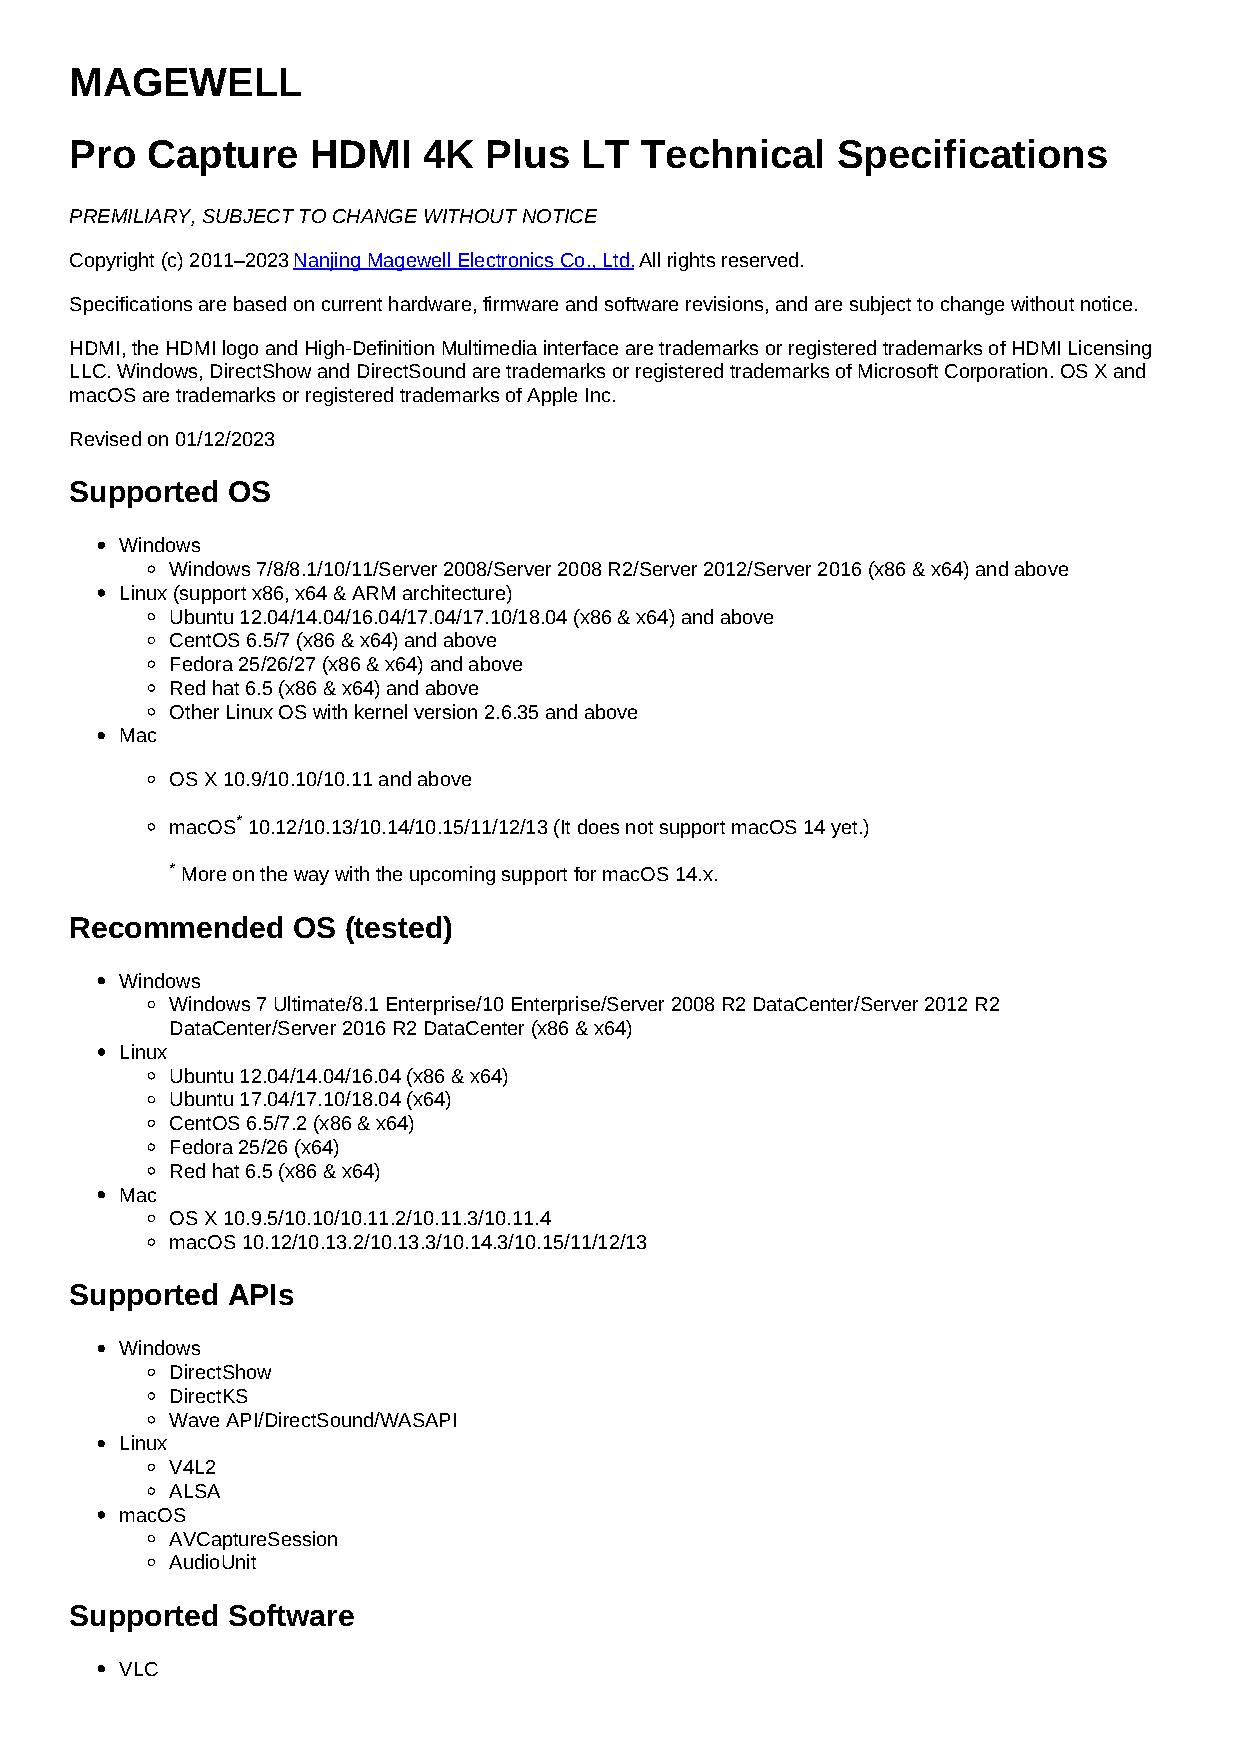
MAGEWELL
 Pro  Capture   HDMI    4K  Plus  LT  Technical    Specifications
 PREMILIARY, SUBJECT TO CHANGE WITHOUT NOTICE
 Copyright (c) 2011–2023 Nanjing Magewell Electronics Co., Ltd. All rights reserved.
 Specifications are based on current hardware, firmware and software revisions, and are subject to change without notice.
 HDMI, the HDMI logo and High-Definition Multimedia interface are trademarks or registered trademarks of HDMI Licensing
 LLC. Windows, DirectShow and DirectSound are trademarks or registered trademarks of Microsoft Corporation. OS X and
 macOS are trademarks or registered trademarks of Apple Inc.
 Revised on 01/12/2023
 Supported OS
 Windows
 Windows 7/8/8.1/10/11/Server 2008/Server 2008 R2/Server 2012/Server 2016 (x86 & x64) and above
 Linux (support x86, x64 & ARM architecture)
 Ubuntu 12.04/14.04/16.04/17.04/17.10/18.04 (x86 & x64) and above
 CentOS 6.5/7 (x86 & x64) and above
 Fedora 25/26/27 (x86 & x64) and above
 Red hat 6.5 (x86 & x64) and above
 Other Linux OS with kernel version 2.6.35 and above
 Mac
 OS X 10.9/10.10/10.11 and above
 macOS* 10.12/10.13/10.14/10.15/11/12/13 (It does not support macOS 14 yet.)
 * More on the way with the upcoming support for macOS 14.x.
 Recommended   OS  (tested)
 Windows
 Windows 7 Ultimate/8.1 Enterprise/10 Enterprise/Server 2008 R2 DataCenter/Server 2012 R2
 DataCenter/Server 2016 R2 DataCenter (x86 & x64)
 Linux
 Ubuntu 12.04/14.04/16.04 (x86 & x64)
 Ubuntu 17.04/17.10/18.04 (x64)
 CentOS 6.5/7.2 (x86 & x64)
 Fedora 25/26 (x64)
 Red hat 6.5 (x86 & x64)
 Mac
 OS X 10.9.5/10.10/10.11.2/10.11.3/10.11.4
 macOS 10.12/10.13.2/10.13.3/10.14.3/10.15/11/12/13
 Supported APIs
 Windows
 DirectShow
 DirectKS
 Wave API/DirectSound/WASAPI
 Linux
 V4L2
 ALSA
 macOS
 AVCaptureSession
 AudioUnit
 Supported Software
 VLC